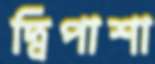
দ্বিপাশা